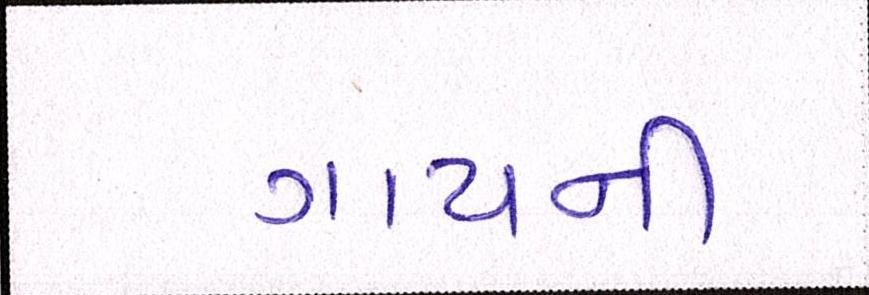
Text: ગાયની